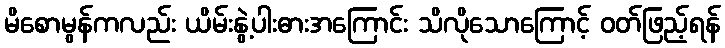
မိစောမွန်ကလည်း ယိမ်းနွဲ့ပါးဓားအကြောင်း သိလိုသောကြောင့် ဝတ်ဖြည့်ရန်